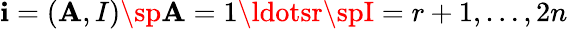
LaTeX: \mathbf{i}=(\mathbf{A},I)\sp\mathbf{A}=1\ldotsr\spI=r+1,\ldots,2n